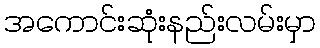
အကောင်းဆုံးနည်းလမ်းမှာ